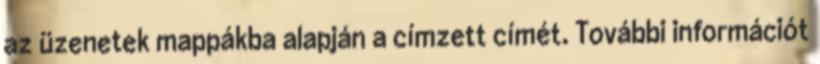
az üzenetek mappákba alapján a címzett címét. További információt